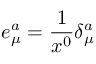
e _ { \mu } ^ { a } = \frac { 1 } { x ^ { 0 } } \delta _ { \mu } ^ { a }